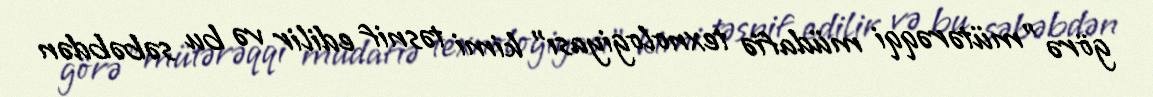
görə "mütərəqqi müdafiə texnologiyası" kimi təsnif edilir və bu səbəbdən